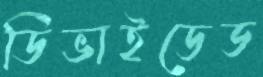
ডিভাইডেড